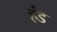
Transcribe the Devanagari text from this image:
हंड